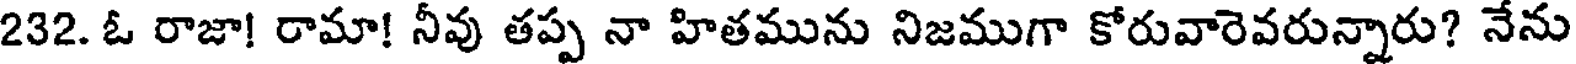
232. ఓ రాజా! రామా! నీవు తప్ప నా హితమును నిజముగా కోరువారెవరున్నారు? నేను